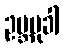
ဥဗ္ဘမုခါ